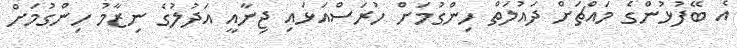
އެ ބޭފުޅުންގެ މައްޗަށް ދައުލަތް ހިންގުމަށް ހުރަސްއަޅައި ޖިނާއީ އަދުލުގެ ނިޒާމު ހިންގުމަށް